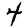
Digit: 4